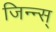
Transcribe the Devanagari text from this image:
जिन्न्स्